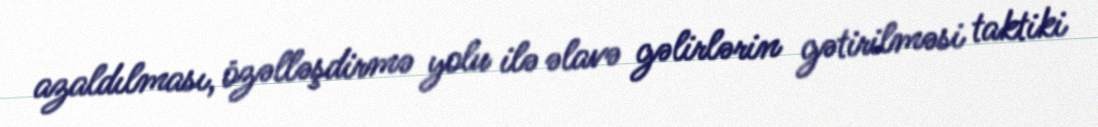
azaldılması, özəlləşdirmə yolu ilə əlavə gəlirlərin gətirilməsi taktiki